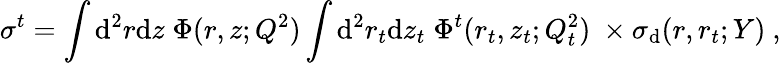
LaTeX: \sigma^{t}=\int\mathrm{d}^{2}r\mathrm{d}z\; \Phi(r,z;Q^{2})\int\mathrm{d}^{2}r_{t}\mathrm{d}z_{t}\; \Phi^{t}(r_{t},z_{t};Q_{t}^{2})\ \times\sigma_{\mathrm{d}}(r,r_{t};Y)\ ,